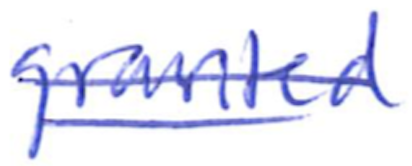
Text: granted
Cross-out: mix
Writing tool: ballpoint